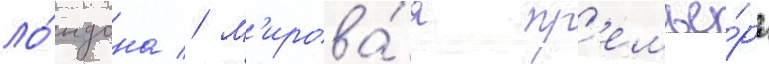
ло́ндона // М'ирова́я пр'емье́ра